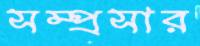
সম্প্রসার